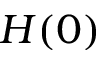
H ( 0 )